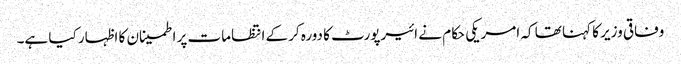
وفاقی وزیر کا کہنا تھا کہ امریکی حکام نے ائیرپورٹ کا دورہ کرکے انتظامات پر اطمینان کا اظہار کیا ہے۔